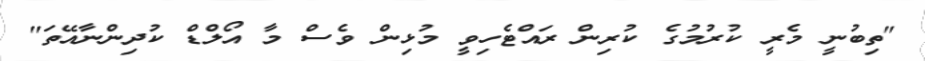
"ތިބުނީ މެރީ ކުރުމުގެ ކުރިން ރައްޓެހިވީ މުޅިން ވެސް މާ އޯލްޑް ކުދިންނާއޭތަ"